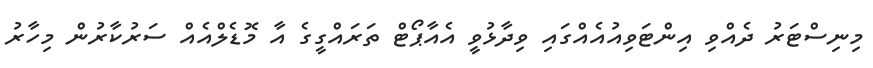
މިނިސްޓަރު ދެއްވި އިންޓަވިއުއެއްގައި ވިދާޅުވީ އެއާޕޯޓް ތަރައްގީގެ އާ މޮޑެލްއެއް ސަރުކާރުން މިހާރު